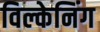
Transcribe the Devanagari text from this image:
विल्केनिंग